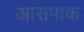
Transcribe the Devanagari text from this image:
आसपाक